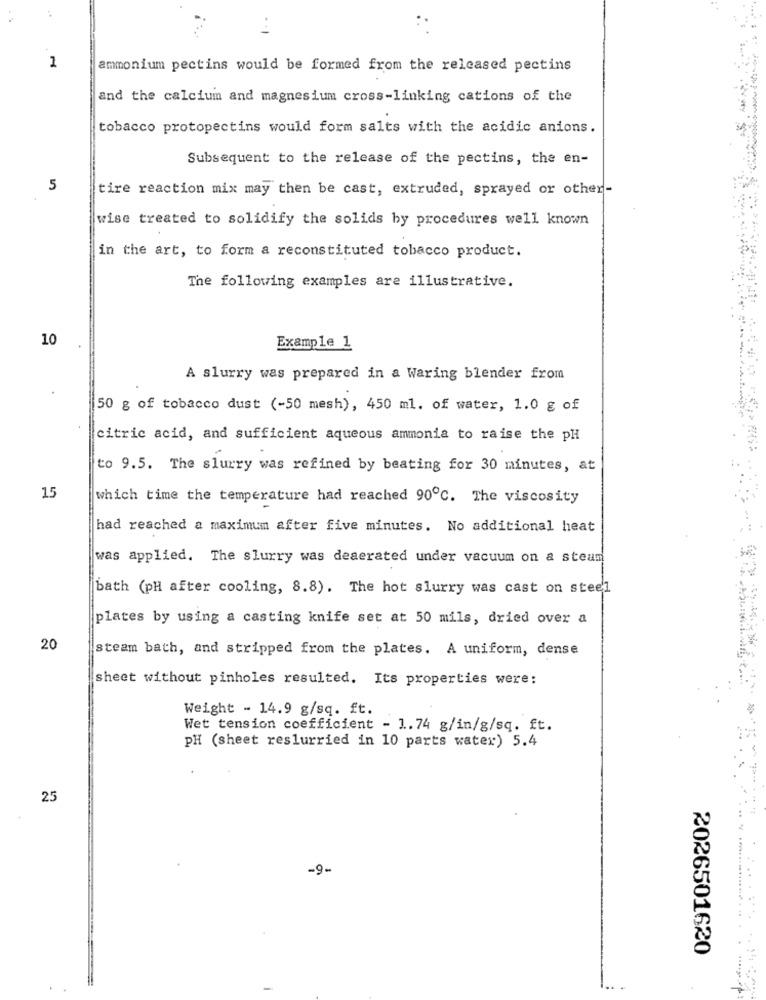
1
ammonium pectins would be formed from the released pectins
and the calcium and magnesium cross-linking cations of the
tobacco protopectins would form salts with the acidic anions.
Subsequent to the release of the pectins, the en-
5
tire reaction mix may then be cast, extruded, sprayed or other-
wise treated to solidify the solids by procedures well known
in the art, to form a reconstituted tobacco product.
The following examples are illustrative.
10
Example 1
A slurry was prepared in a Waring blender from
50 g of tobacco dust (-50 mesh), 450 ml. of water, 1.0 g of
citric acid, and sufficient aqueous ammonia to raise the pH
to 9.5. The slurry was refined by beating for 30 minutes, at
15
which time the temperature had reached 90℃. The viscosity
had reached a maximum after five minutes. No additional heat
was applied. The slurry was deaerated under vacuum on a steam
bath (pH after cooling, 8.8). The hot slurry was cast on steel
plates by using a casting knife set at 50 mils, dried over a
20
steam bath, and stripped from the plates. A uniform, dense
sheet without pinholes resulted. Its properties were:
Weight - 14.9 g/sq. ft.
Wet tension coefficient - 1.74 g/in/g/sq. ft.
PH (sheet reslurried in 10 parts water) 5.4
25
-9.
2026501620